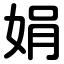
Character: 娟